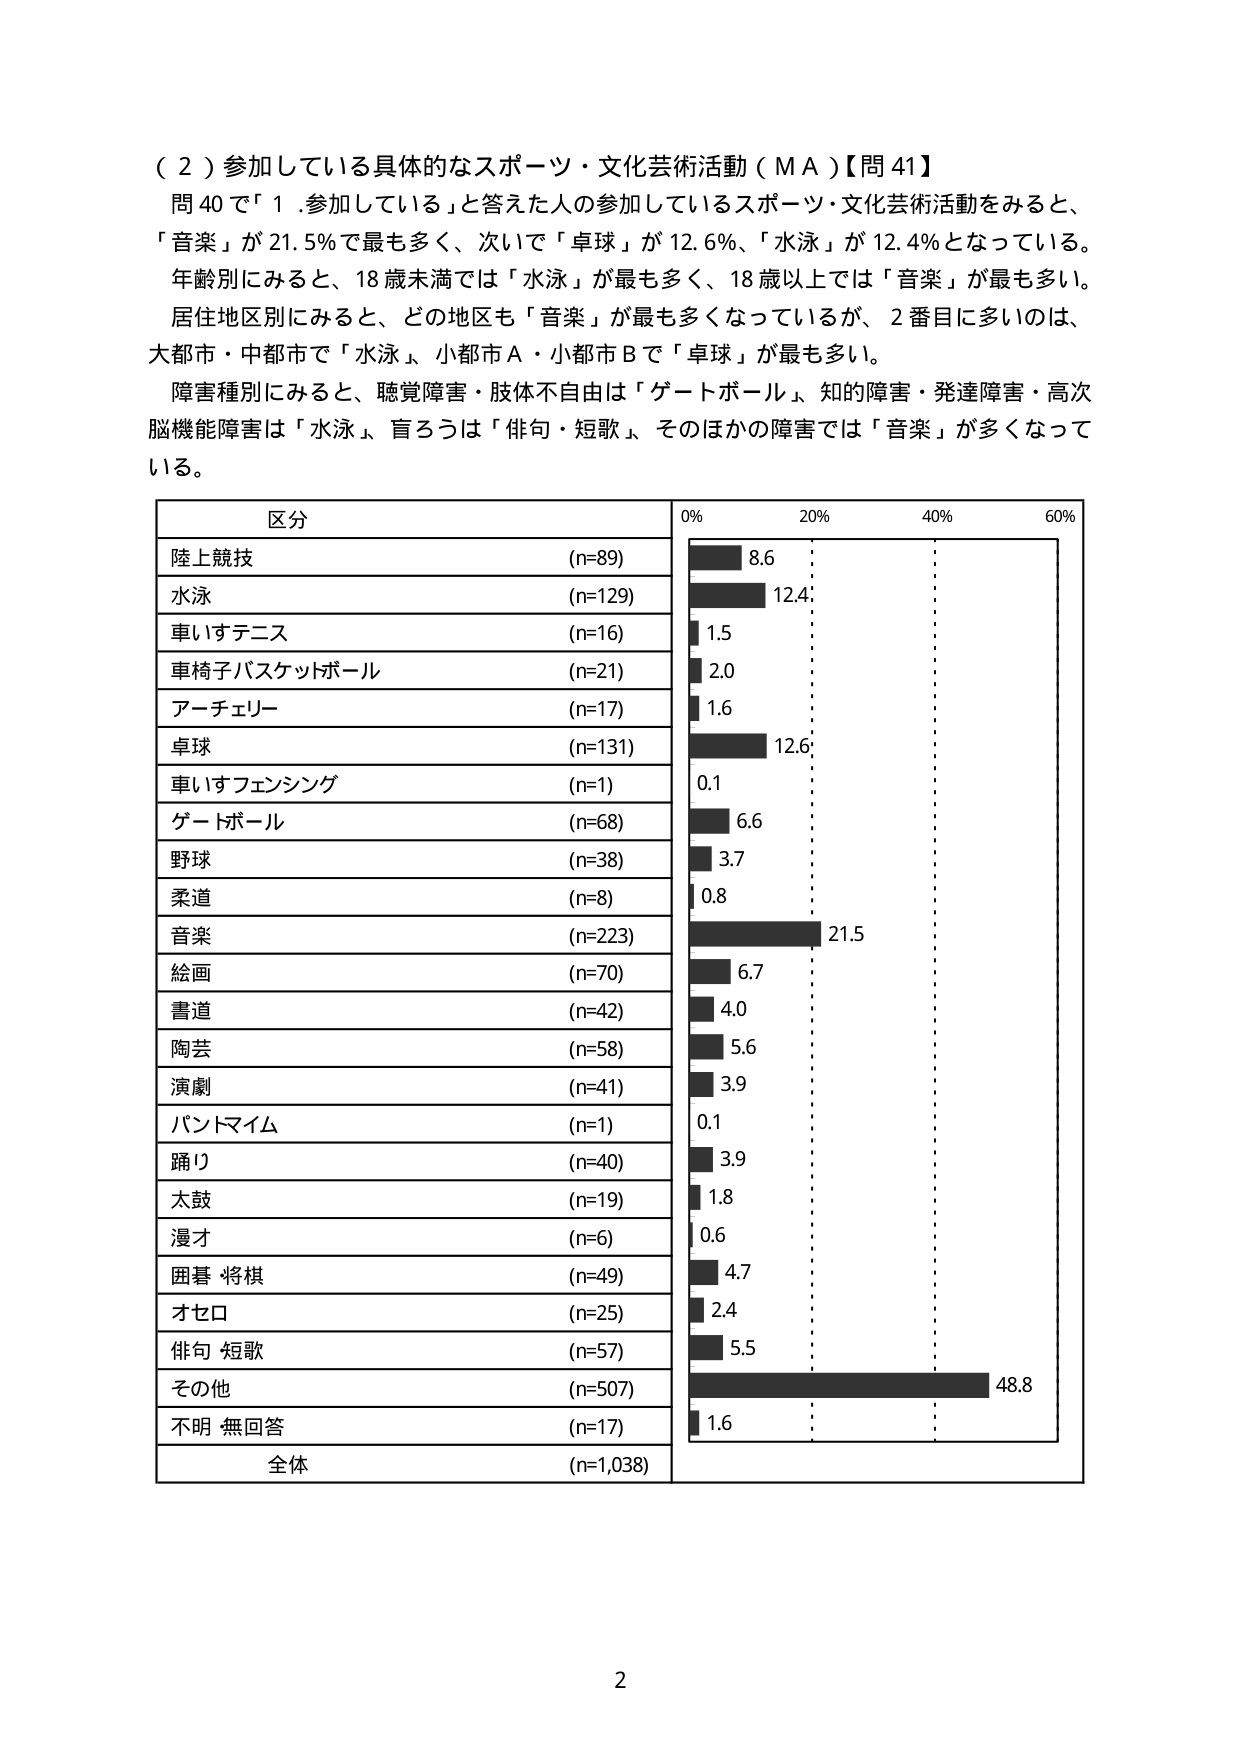
（２）参加している具体的なスポーツ・文化芸術活動（ＭＡ）【問41】
問40で「１．参加している」と答えた人の参加しているスポーツ・文化芸術活動をみると、
「音楽」が21.5％で最も多く、次いで「卓球」が12.6％、「水泳」が12.4％となっている。
年齢別にみると、18歳未満では「水泳」が最も多く、18歳以上では「音楽」が最も多い。
居住地区別にみると、どの地区も「音楽」が最も多くなっているが、2番目に多いのは、
大都市・中都市で「水泳」、小都市Ａ・小都市Ｂで「卓球」が最も多い。
障害種別にみると、聴覚障害・肢体不自由は「ゲートボール」、知的障害・発達障害・高次
脳機能障害は「水泳」、盲ろうは「俳句・短歌」、そのほかの障害では「音楽」が多くなって
いる。

区分
陸上競技 (n=89)
水泳 (n=129)
車いすテニス (n=16)
車椅子バスケットボール (n=21)
アーチェリー (n=17)
卓球 (n=131)
車いすフェンシング (n=1)
ゲートボール (n=68)
野球 (n=38)
柔道 (n=8)
音楽 (n=223)
絵画 (n=70)
書道 (n=42)
陶芸 (n=58)
演劇 (n=41)
パントマイム (n=1)
踊り (n=40)
太鼓 (n=19)
漫才 (n=6)
囲碁 将棋 (n=49)
オセロ (n=25)
俳句 短歌 (n=57)
その他 (n=507)
不明 無回答 (n=17)
全体 (n=1,038)

0% 20% 40% 60%
8.6
12.4
1.5
2.0
1.6
12.6
0.1
6.6
3.7
0.8
21.5
6.7
4.0
5.6
3.9
0.1
3.9
1.8
0.6
4.7
2.4
5.5
48.8
1.6

2